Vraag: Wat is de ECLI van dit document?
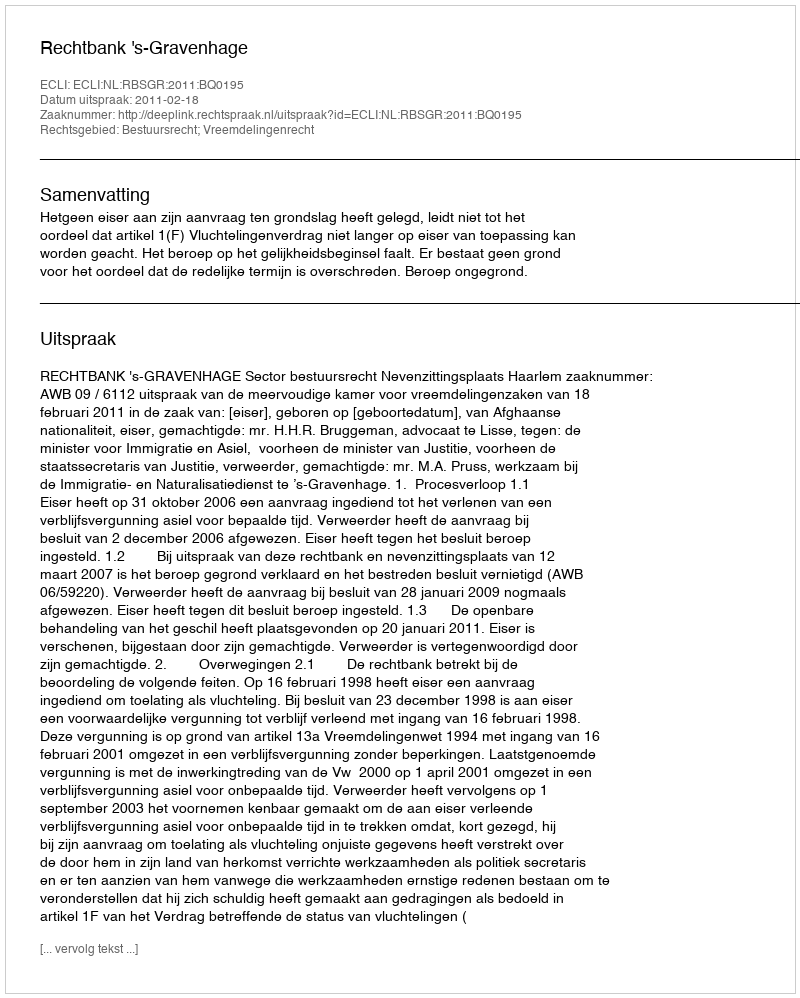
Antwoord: ECLI:NL:RBSGR:2011:BQ0195